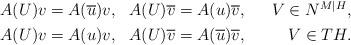
LaTeX: \begin{align*}\begin{aligned}&A(U)v = A(\overline{u}) v, &&A(U)\overline{v} = A(u) \overline{v}, &&& V \in N^{M|H},\\&A(U)v = A(u) v, &&A(U)\overline{v} = A(\overline{u}) \overline{v},&&& V \in TH.\end{aligned}\end{align*}